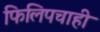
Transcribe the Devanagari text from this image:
फिलिपचाही